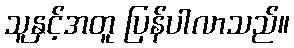
သူနှင့်အတူ ပြန်ပါလာသည်။